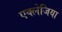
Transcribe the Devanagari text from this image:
एक्लेजिया